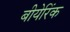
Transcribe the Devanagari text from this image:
बीयेरिंक